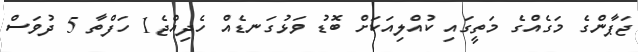
ޖަޕާންގެ މަގެއްގެ މަތީގައި ކުއްލިއަކަށް ބޮޑު ވަޅުގަނޑެއް ހެދިއްޖެ1 ހަފްތާ 5 ދުވަސް